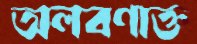
অলবণাক্ত